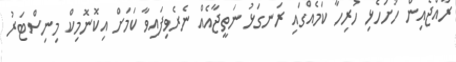
ރާއްޖެއިން ހުށަހެޅި ހުރިހާ ކަމެއްގައި ރަނގަޅު ނަތީޖާއެއް ނެރެވިފައިވާ ކަމަށް އިކޮނޮމިކް މިނިސްޓަރު